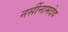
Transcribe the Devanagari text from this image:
नर्सीनामदेव